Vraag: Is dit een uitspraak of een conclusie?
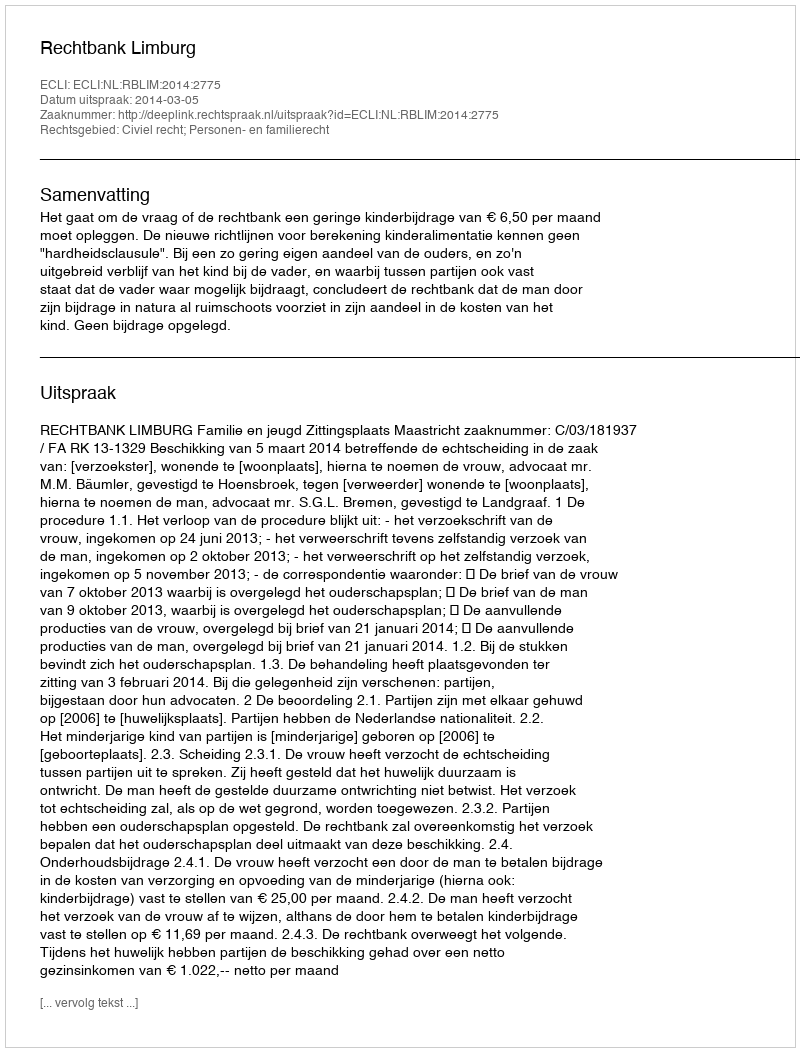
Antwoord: Uitspraak